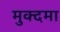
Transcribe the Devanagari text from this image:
मुक्दमा